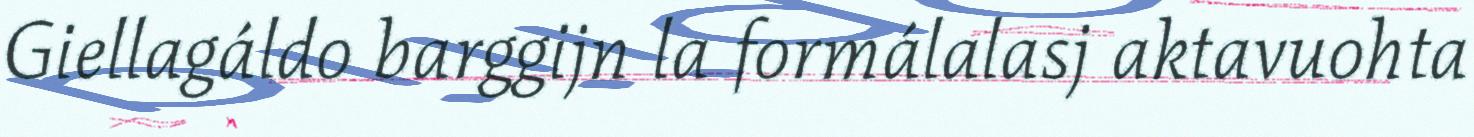
Giellagáldo barggijn la formálalasj aktavuohta